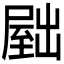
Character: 𫥫